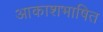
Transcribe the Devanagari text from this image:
आकाशभाषित